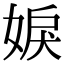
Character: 𡝢